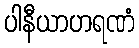
ပါနီယာဟရဏံ